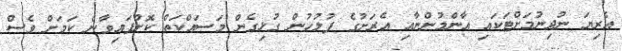
އެރިޔަ ނުދިނުމަށްޓަކައި އާންމުންނާއި އެރަށުގެ ފުލުހުން ގުޅިގެން މަސައްކަތް ކޮށްފައިވާނެ ކަމަށް ވެސް